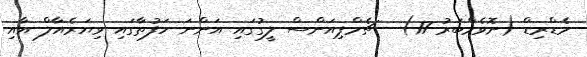
މެޑްރިޑް (ނޮވެމްބަރު 17) - ޗެމްޕިއަންސް ލީގުގައި އަންނަ ހަފުތާގައި ވިޔަރެއާލް އާއި